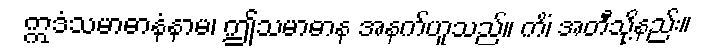
ဣဒံသမာဓာနံနာမ၊ ဤသမာဓာန အနက်ဟူသည်။ ကိံ၊ အတီသို့နည်း။